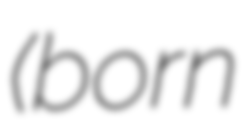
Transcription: (born